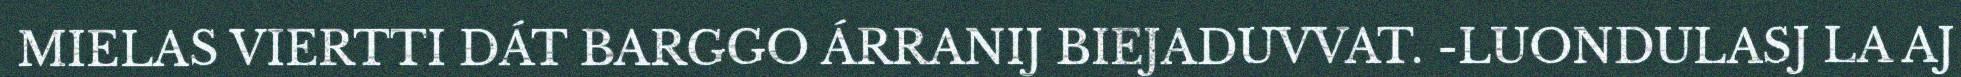
MIELAS VIERTTI DÁT BARGGO ÁRRANIJ BIEJADUVVAT. -LUONDULASJ LA AJ